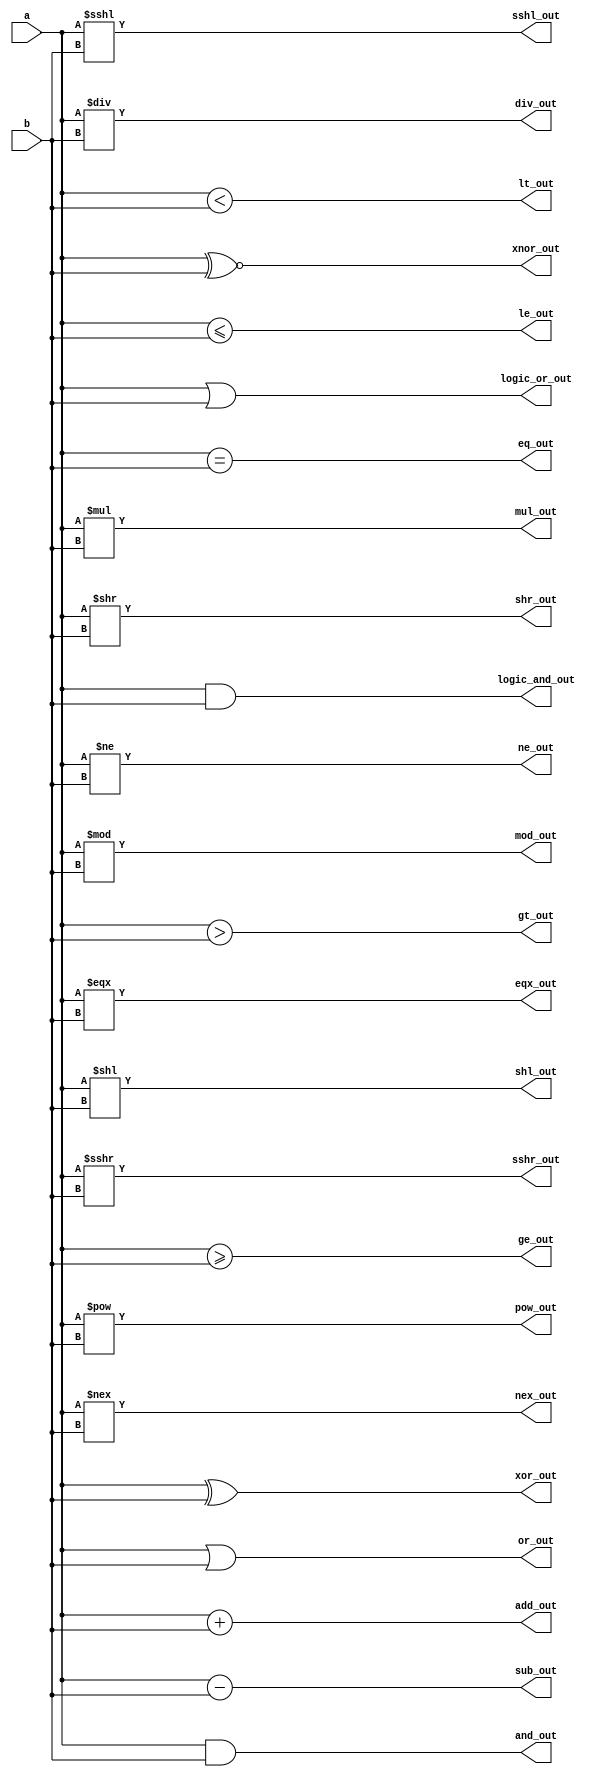
module m_0(
    a, b,
    and_out, or_out, xor_out, xnor_out, shl_out, shr_out, sshl_out, sshr_out, logic_and_out, logic_or_out, eqx_out, nex_out, lt_out, le_out, eq_out, ne_out, ge_out, gt_out, add_out, sub_out, mul_out, div_out, mod_out, pow_out);
  input wire a;
  input wire b;
  output wire and_out;
  output wire or_out;
  output wire xor_out;
  output wire xnor_out;
  output wire shl_out;
  output wire shr_out;
  output wire sshl_out;
  output wire sshr_out;
  output wire logic_and_out;
  output wire logic_or_out;
  output wire eqx_out;
  output wire nex_out;
  output wire lt_out;
  output wire le_out;
  output wire eq_out;
  output wire ne_out;
  output wire ge_out;
  output wire gt_out;
  output wire add_out;
  output wire sub_out;
  output wire mul_out;
  output wire div_out;
  output wire mod_out;
  output wire pow_out;

  assign and_out = a & b;
  assign or_out = a | b;
  assign xor_out = a ^ b;
  assign xnor_out = a ~^ b;

  assign shl_out = a << b;
  assign shr_out = a >> b;
  assign sshl_out = a <<< b;
  assign sshr_out = a >>> b;

  assign logic_and_out = a && b;
  assign logic_or_out = a || b;

  assign eqx_out = a === b;
  assign nex_out = a !== b;

  assign lt_out = a < b;
  assign le_out = a <= b;
  assign eq_out = a == b;
  assign ne_out = a != b;
  assign ge_out = a >= b;
  assign gt_out = a > b;
  assign add_out = a + b;
  assign sub_out = a - b;
  assign mul_out = a * b;
  assign div_out = a / b;
  assign mod_out = a % b;
  assign pow_out = a ** b;

endmodule